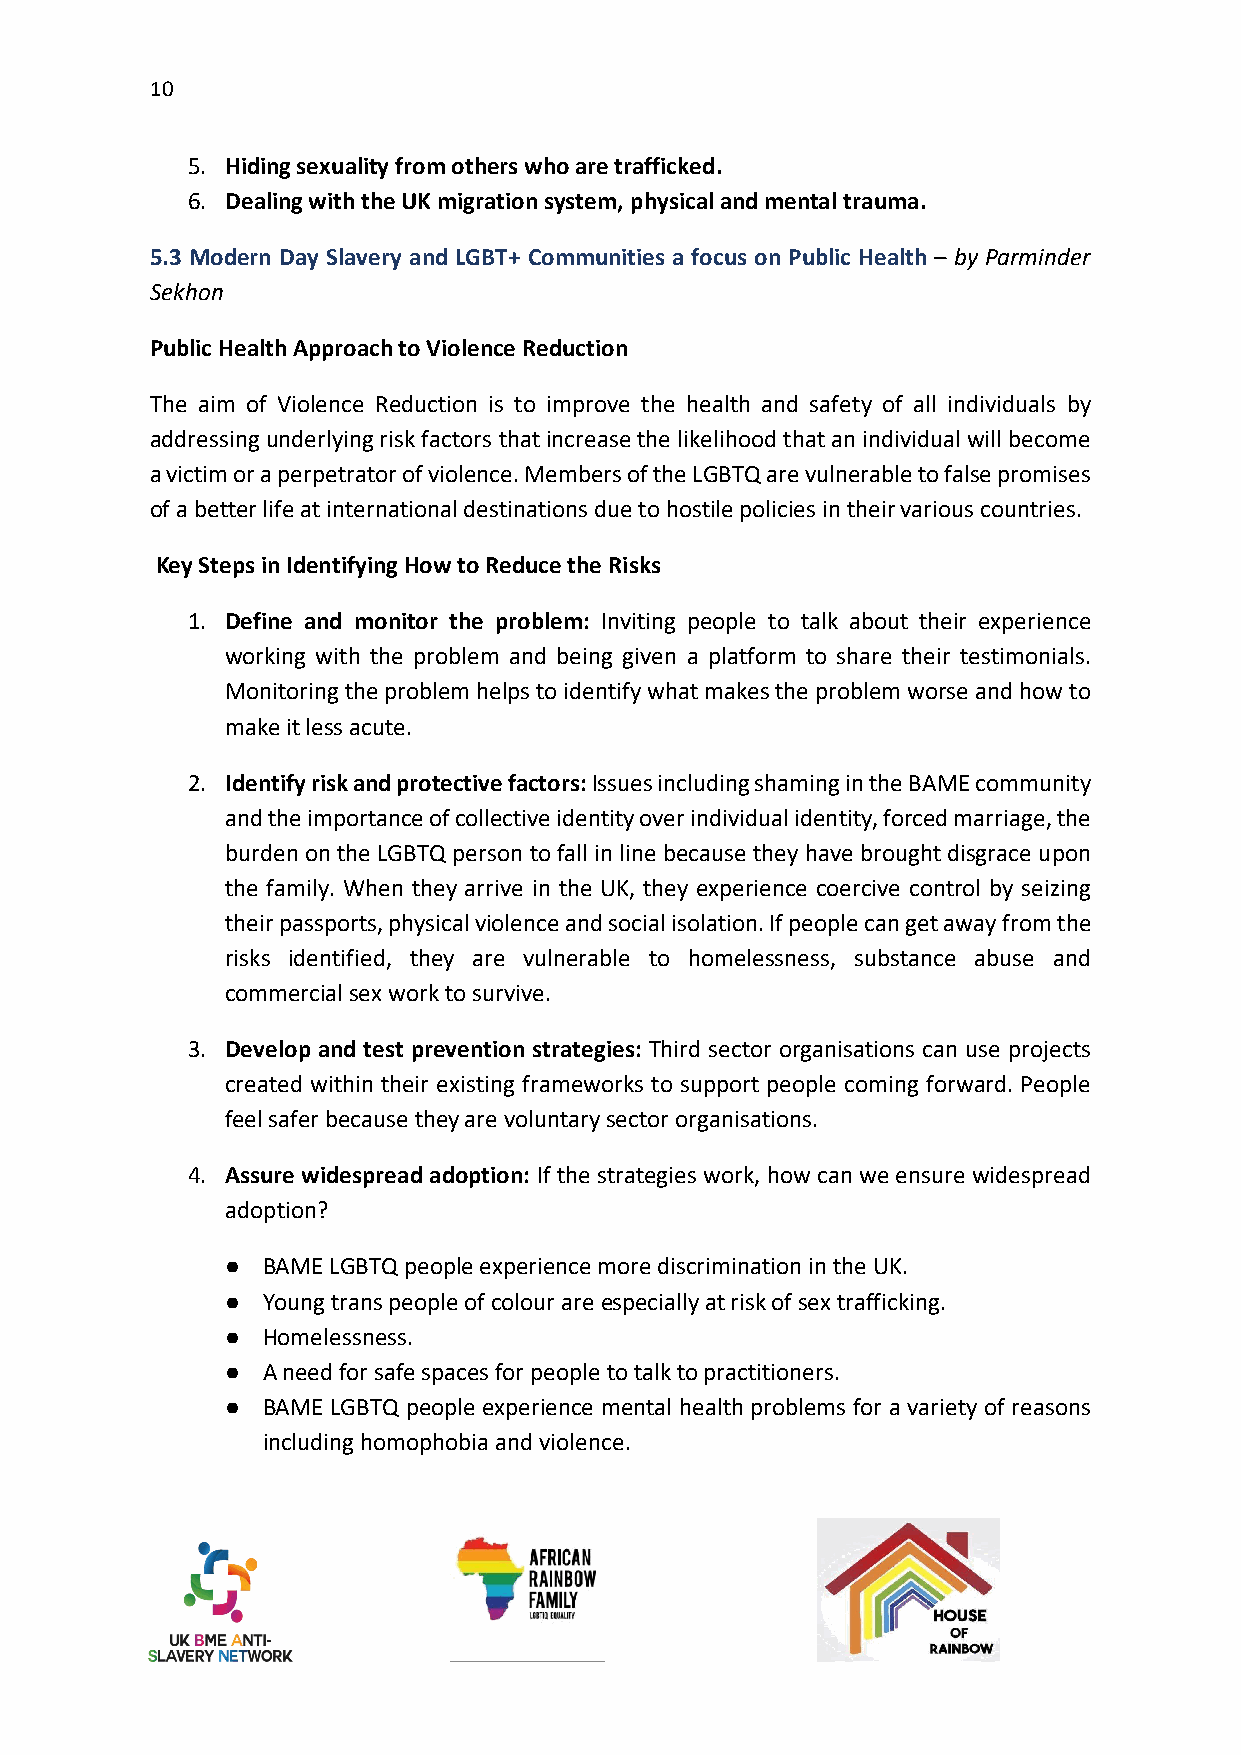
10
 5. Hiding sexuality from others who are trafficked.
 6. Dealing with the UK migration system, physical and mental trauma.
 5.3 Modern Day Slavery and LGBT+ Communities a focus on Public Health – by Parminder
 Sekhon
 Public Health Approach to Violence Reduction
 The aim of Violence Reduction is to improve the health and safety of all individuals by
 addressing underlying risk factors that increase the likelihood that an individual will become
 a victim or a perpetrator of violence. Members of the LGBTQ are vulnerable to false promises
 of a better life at international destinations due to hostile policies in their various countries.
 Key Steps in Identifying How to Reduce the Risks
 1. Define and monitor the problem: Inviting people to talk about their experience
 working with the problem and being given a platform to share their testimonials.
 Monitoring the problem helps to identify what makes the problem worse and how to
 make it less acute.
 2. Identify risk and protective factors: Issues including shaming in the BAME community
 and the importance of collective identity over individual identity, forced marriage, the
 burden on the LGBTQ person to fall in line because they have brought disgrace upon
 the family. When they arrive in the UK, they experience coercive control by seizing
 their passports, physical violence and social isolation. If people can get away from the
 risks identified, they are vulnerable to homelessness, substance abuse and
 commercial sex work to survive.
 3. Develop and test prevention strategies: Third sector organisations can use projects
 created within their existing frameworks to support people coming forward. People
 feel safer because they are voluntary sector organisations.
 4. Assure widespread adoption: If the strategies work, how can we ensure widespread
 adoption?
 ● BAME LGBTQ people experience more discrimination in the UK.
 ● Young trans people of colour are especially at risk of sex trafficking.
 ● Homelessness.
 ● A need for safe spaces for people to talk to practitioners.
 ● BAME LGBTQ people experience mental health problems for a variety of reasons
 including homophobia and violence.